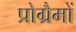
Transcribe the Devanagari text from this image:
प्रोग्रैमों